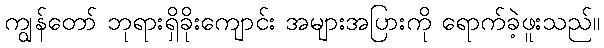
ကျွန်တော် ဘုရားရှိခိုးကျောင်း အများအပြားကို ရောက်ခဲ့ဖူးသည်။